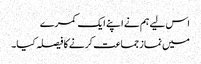
اس لیے ہم نے اپنے ایک کمرے
میں نماز جماعت کرنے کا فیصلہ کیا۔